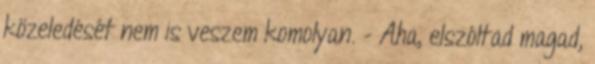
közeledését nem is veszem komolyan. - Aha, elszóltad magad,